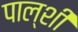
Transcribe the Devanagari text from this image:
पाल्शी